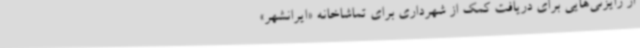
از رایزنی‌هایی برای دریافت کمک از شهرداری برای تماشاخانه «ایرانشهر»